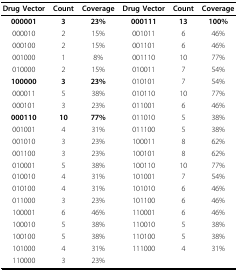
<table><thead><tr><td><b>Drug Vector</b></td><td><b>Count</b></td><td><b>Coverage</b></td><td><b>Drug Vector</b></td><td><b>Count</b></td><td><b>Coverage</b></td></tr></thead><tbody><tr><td><b>000001</b></td><td><b>3</b></td><td><b>23%</b></td><td><b>000111</b></td><td><b>13</b></td><td><b>100%</b></td></tr><tr><td>000010</td><td>2</td><td>15%</td><td>001011</td><td>6</td><td>46%</td></tr><tr><td>000100</td><td>2</td><td>15%</td><td>001101</td><td>6</td><td>46%</td></tr><tr><td>001000</td><td>1</td><td>8%</td><td>001110</td><td>10</td><td>77%</td></tr><tr><td>010000</td><td>2</td><td>15%</td><td>010011</td><td>7</td><td>54%</td></tr><tr><td><b>100000</b></td><td><b>3</b></td><td><b>23%</b></td><td>010101</td><td>7</td><td>54%</td></tr><tr><td>000011</td><td>5</td><td>38%</td><td>010110</td><td>10</td><td>77%</td></tr><tr><td>000101</td><td>3</td><td>23%</td><td>011001</td><td>6</td><td>46%</td></tr><tr><td><b>000110</b></td><td><b>10</b></td><td><b>77%</b></td><td>011010</td><td>5</td><td>38%</td></tr><tr><td>001001</td><td>4</td><td>31%</td><td>011100</td><td>5</td><td>38%</td></tr><tr><td>001010</td><td>3</td><td>23%</td><td>100011</td><td>8</td><td>62%</td></tr><tr><td>001100</td><td>3</td><td>23%</td><td>100101</td><td>8</td><td>62%</td></tr><tr><td>010001</td><td>5</td><td>38%</td><td>100110</td><td>10</td><td>77%</td></tr><tr><td>010010</td><td>4</td><td>31%</td><td>101001</td><td>7</td><td>54%</td></tr><tr><td>010100</td><td>4</td><td>31%</td><td>101010</td><td>6</td><td>46%</td></tr><tr><td>011000</td><td>3</td><td>23%</td><td>101100</td><td>6</td><td>46%</td></tr><tr><td>100001</td><td>6</td><td>46%</td><td>110001</td><td>6</td><td>46%</td></tr><tr><td>100010</td><td>5</td><td>38%</td><td>110010</td><td>5</td><td>38%</td></tr><tr><td>100100</td><td>5</td><td>38%</td><td>110100</td><td>5</td><td>38%</td></tr><tr><td>101000</td><td>4</td><td>31%</td><td>111000</td><td>4</td><td>31%</td></tr><tr><td>110000</td><td>3</td><td>23%</td><td></td><td></td><td></td></tr></tbody></table>